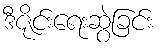
ဒီဇိုင်းရေးဆွဲခြင်း